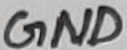
Text: GND